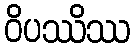
ဝိပဿိဿ